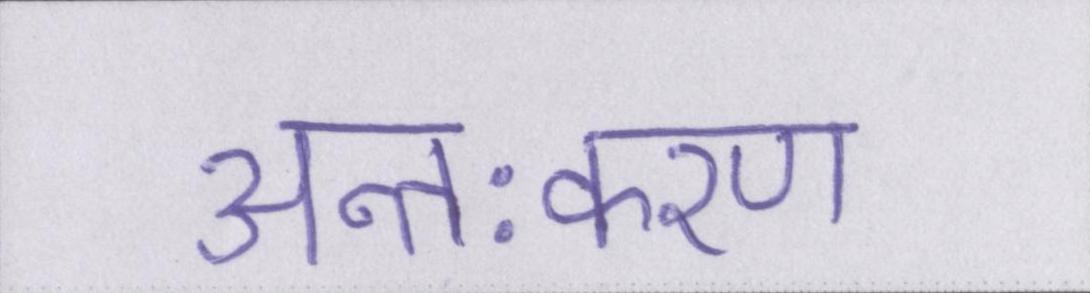
अन्तःकरण